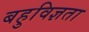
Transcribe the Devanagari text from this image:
बहुविज्ञता